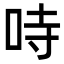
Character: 𠱾